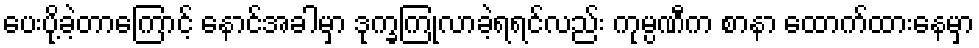
ပေးပို့ခဲ့တာကြောင့် နောင်အခါမှာ ဒုက္ခကြုံလာခဲ့ရရင်လည်း ကုမ္ပဏီက စာနာ ထောက်ထားနေမှာ